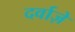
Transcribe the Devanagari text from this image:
दर्वाज़े